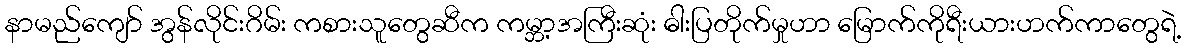
နာမည်ကျော် အွန်လိုင်းဂိမ်း ကစားသူတွေဆီက ကမ္ဘာ့အကြီးဆုံး ဓါးပြတိုက်မှုဟာ မြောက်ကိုရီးယားဟက်ကာတွေရဲ့